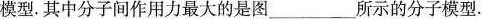
模型.其中分子间作用力最大的是图___所示的分子模型.